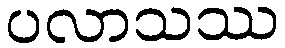
ပလာသဿ